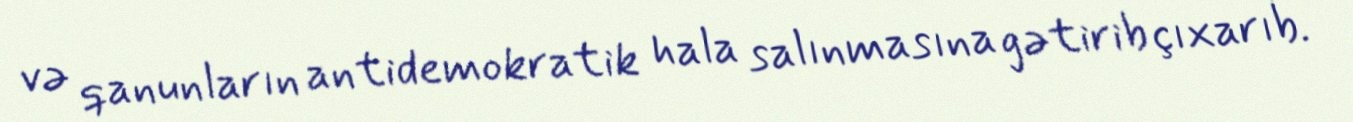
və qanunların antidemokratik hala salınmasına gətirib çıxarıb.